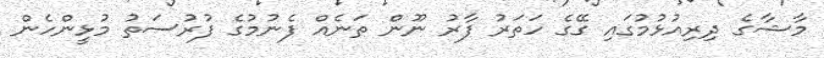
މާޝާގެ ދިރިއުޅުމުގައި ގޭގެ ހަތަރު ފާރު ނޫން ތަނެއް ފެނުމުގެ ފުރުސަތު މުޅީންހެން